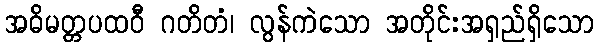
အဓိမတ္တပထဝီ ဂတိတံ၊ လွန်ကဲသော အတိုင်းအရှည်ရှိသော